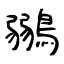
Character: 鶸